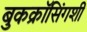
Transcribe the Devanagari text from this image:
बुकक्रॉसिंगशी